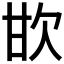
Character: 𣢟